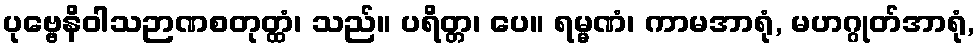
ပုဗ္ဗေနိဝါသဉာဏစတုတ္ထံ၊ သည်။ ပရိတ္တ၊ ပေ။ ရမ္မဏံ၊ ကာမအာရုံ, မဟဂ္ဂုတ်အာရုံ,